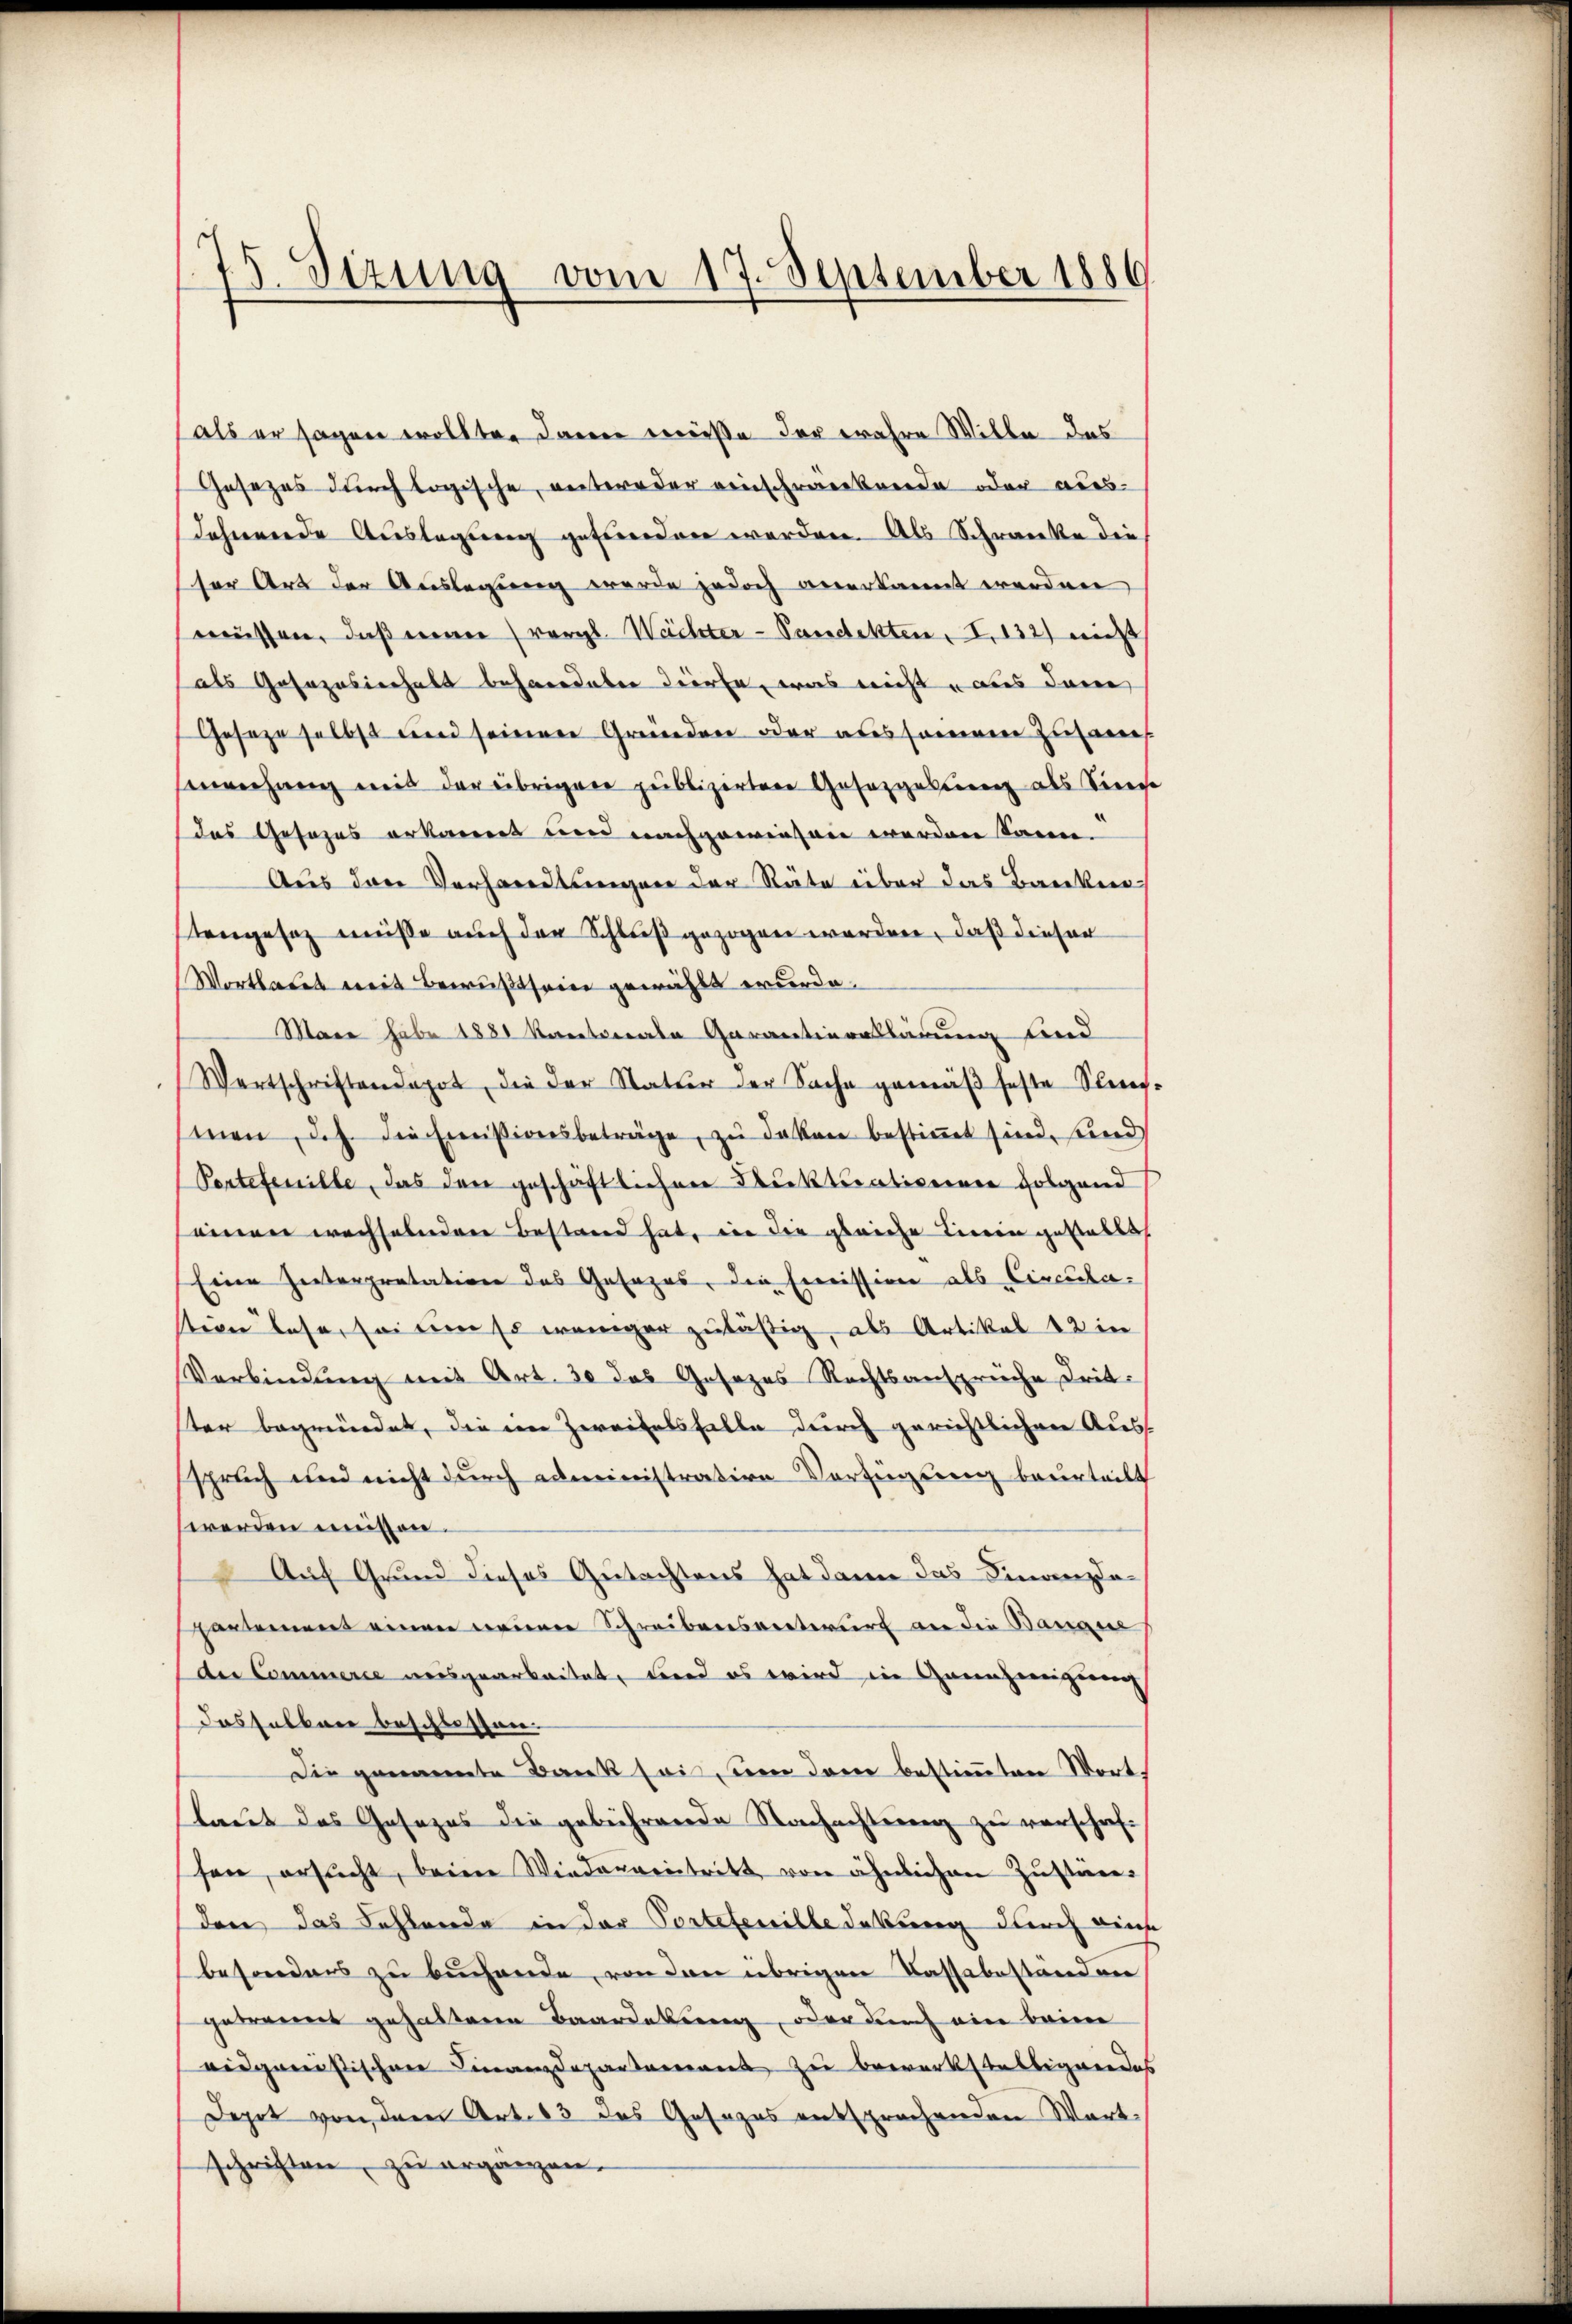
als er sagen wollten dann weiße der wahre Wille das
Gesezes durch logische, unteroder reinschraenkreide oder aus-
Jahrerende Auslegung geforden werden. Als Schwerente die
ser Art der Auslegung werde jedoch anerkannt werden
müssen, daß einer vergl. Weichter-Pandekten, I. 132) nicht
als Gosozasierhalt behandeten dürfe, was nicht aus dene
Geseze selbst und seinere Gründen oder aus sammen Zusam
Einverhang mit der übrigene publizirten Gesetzgebung als Sinne
das Gesezens erkannt und nachgewiesen werden kann.
Aus den Verhandlungen der Räte über das Banken
tengesez müße auch der Schluß gezogen werden, daß dieser
Wortbares mit Bewußtsein gewählt wurde.
Mare habe 1881 kantonale Garantieraklärung und
Wertschriftendepot, die der Natur der Sache gemäβ feste Stief-
men, d.h. die Emissionsbeträge, zŭ deken bestimmt sind, sind
Sertefeuille, das den geschäftlichen Diktuationien folgend
einen wachselenden Bestand hat, in die gleiche Tieren gestallth
Eine Zerterpretation des Gesezes, die Emission als Circulastion lese, so um so weniger zuläßig, als Artikel 12 in
Verbindung mit Art. 30 das Gesezes Rechtsansprüche Drit.
ter begründet, die im Zweifelsfalle durch gerichtlichen Auss
spruch und nicht durch administration Verfügung beurteilt
werden müssen.
Auf Grund dieses Gutachtens hat dann das Finanzdaartement einen meiner Schreibensverteur an die Bauaue
der Commerie reisgearbeitet, Frend es wird in Zwanzweigerung
dasfelbare beschlossen.
Die genannte Barek sei, um dem bestimmten Worttaut des Gesezes die gebührende Nachachtung zu verschaft
sen, ersŭcht, beim Wiederventritt von ähnlichen Zustimm
den das Fehlende in der Portetenilledekung durch ains
besonders zu buchende, von den übrigen Kassabestanden
getrennt gehaltene Baardekung, oder durch eine beim
aidganistischen Finanzdepartement zu bewerkstelligendes
Depot von dem Art. 83 das Gesezes entsprechenden Wart
schriften, zu ergänzen.

75. Sizung vom 17. September 1886